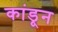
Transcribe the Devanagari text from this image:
कांडून